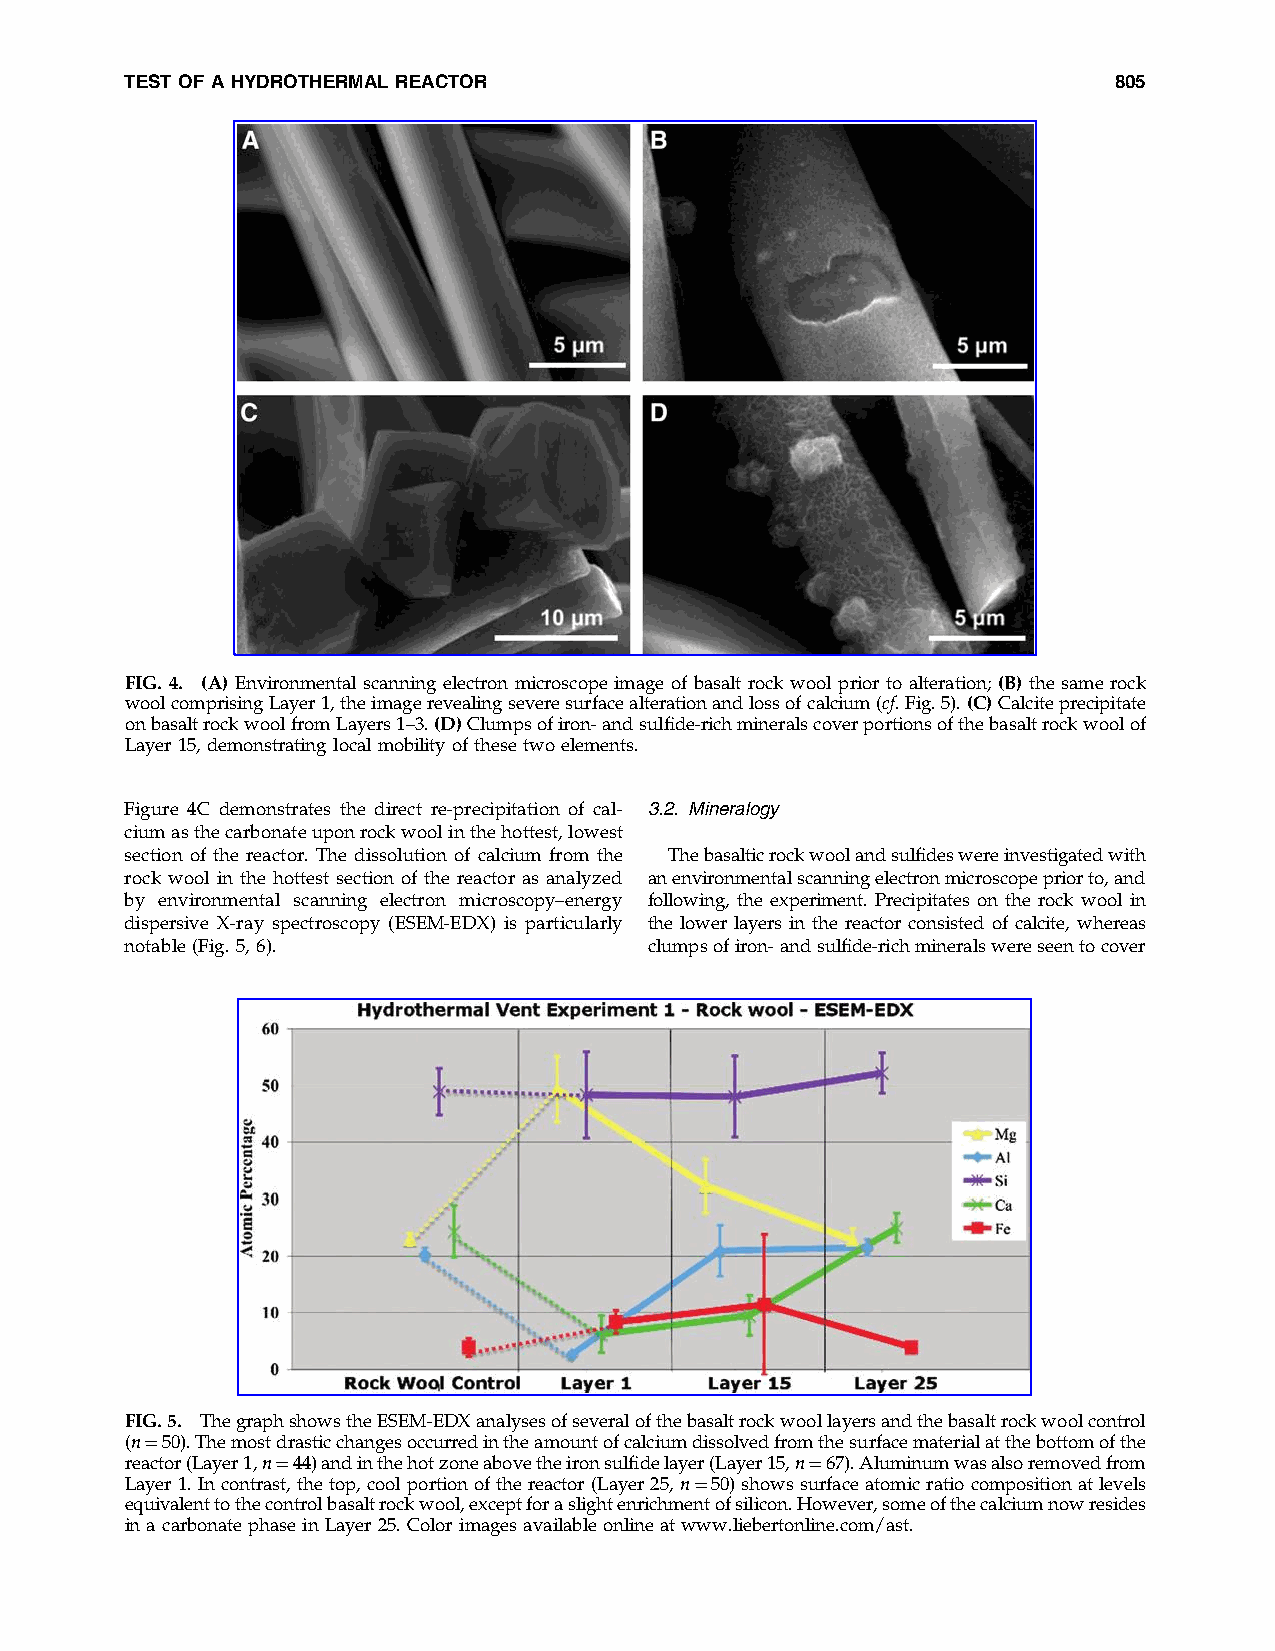
TEST OF AHYDROTHERMAL REACTOR                                     805
 FIG. 4. (A) Environmental scanning electron microscope image of basalt rock wool prior to alteration; (B) the same rock
 woolcomprisingLayer1,theimagerevealingseveresurfacealterationandlossofcalcium(cf.Fig.5).(C)Calciteprecipitate
 onbasaltrockwoolfromLayers1–3.(D)Clumpsofiron-andsulfide-richmineralscoverportionsofthebasaltrockwoolof
 Layer 15,demonstrating local mobility ofthese twoelements.
 Figure 4C demonstrates the direct re-precipitation of cal- 3.2. Mineralogy
 ciumasthecarbonateuponrockwoolinthehottest,lowest
 section of the reactor. The dissolution of calcium from the Thebasalticrockwoolandsulfideswereinvestigatedwith
 rock wool in the hottest section of the reactor as analyzed anenvironmentalscanningelectronmicroscopepriorto,and
 by environmental scanning electron microscopy–energy following, the experiment. Precipitates on the rock wool in
 dispersive X-ray spectroscopy (ESEM-EDX) is particularly the lower layers in the reactor consisted of calcite, whereas
 notable (Fig. 5, 6).               clumpsofiron-andsulfide-richmineralswereseentocover
 FIG.5. ThegraphshowstheESEM-EDXanalysesofseveralofthebasaltrockwoollayersandthebasaltrockwoolcontrol
 (n¼50).Themostdrasticchangesoccurredintheamountofcalciumdissolvedfromthesurfacematerialatthebottomofthe
 reactor(Layer1,n¼44)andinthehotzoneabovetheironsulfidelayer(Layer15,n¼67).Aluminumwasalsoremovedfrom
 Layer 1. Incontrast, the top, cool portion of thereactor (Layer 25, n¼50) shows surface atomic ratio composition at levels
 equivalenttothecontrolbasaltrockwool,exceptforaslightenrichmentofsilicon.However,someofthecalciumnowresides
 in a carbonatephasein Layer 25.Color images availableonline at www.liebertonline.com/ast.